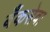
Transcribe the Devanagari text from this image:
बँकसेवा